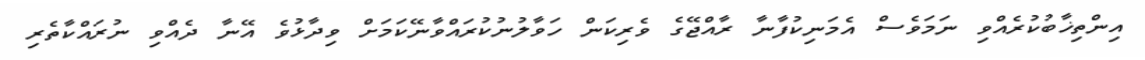
އިންތިޚާބުކުރެއްވި ނަމަވެސް އެމަނިކުފާނާ ރާއްޖޭގެ ވެރިކަން ހަވާލުނުކުރައްވާނޭކަމަށް ވިދާޅުވެ އޭނާ ދެއްވި ނުރައްކާތެރި